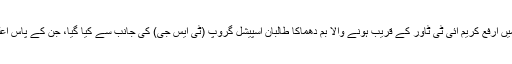
ایک سینئر پولیس افسر نے ڈان کو بتایا کہ لاہور میں ارفع کریم آئی ٹی ٹاور کے قریب ہونے والا بم دھماکا طالبان اسپیشل گروپ (ٹی ایس جی) کی جانب سے کیا گیا، جن کے پاس اعلیٰ تربیت یافتہ خود کش بمبار (فدائین) موجود ہیں۔